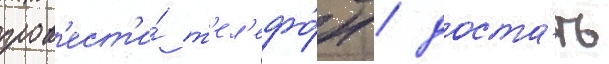
пров'ест'и́ т'ел'ефо́н / доста́ть